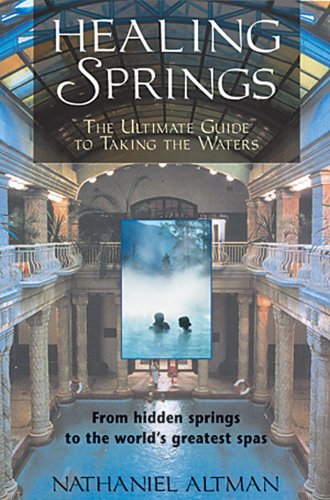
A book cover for Healing Springs: The Ultimate Guide to Taking the Waters; Nathaniel Altman; Travel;